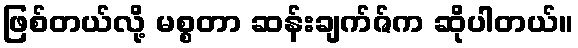
ဖြစ်တယ်လို့ မစ္စတာ ဆန်းချက်ဇ်က ဆိုပါတယ်။